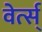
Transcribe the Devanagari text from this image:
वेर्त्स्